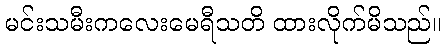
မင်းသမီးကလေးမေရီသတိ ထားလိုက်မိသည်။